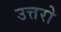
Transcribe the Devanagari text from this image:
उत्तरो